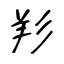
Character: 羏